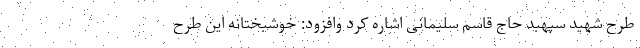
طرح شهید سپهبد حاج قاسم سلیمانی اشاره کرد وافزود: خوشبختانه این طرح